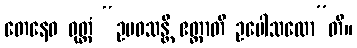
တေနေဝ ဝုတ္တံ “ဥပဝသန္တိ ဧတ္ထာတိ ဥပေါသထော”တိ။